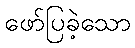
ဖော်ပြခဲ့သော